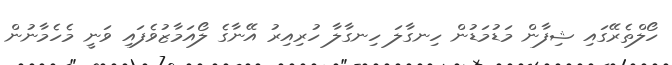
ހޯލްތެރޭގައި ޝިފާން މަޑުމަޑުން ހިނގާލަ ހިނގާލާ ހުރިއިރު އޭނާގެ ލޯއަމާޒުވެފައި ވަނީ މެހެމާނުން